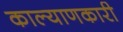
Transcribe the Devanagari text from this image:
काल्याणकारी